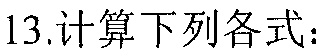
13.计算下列各式：